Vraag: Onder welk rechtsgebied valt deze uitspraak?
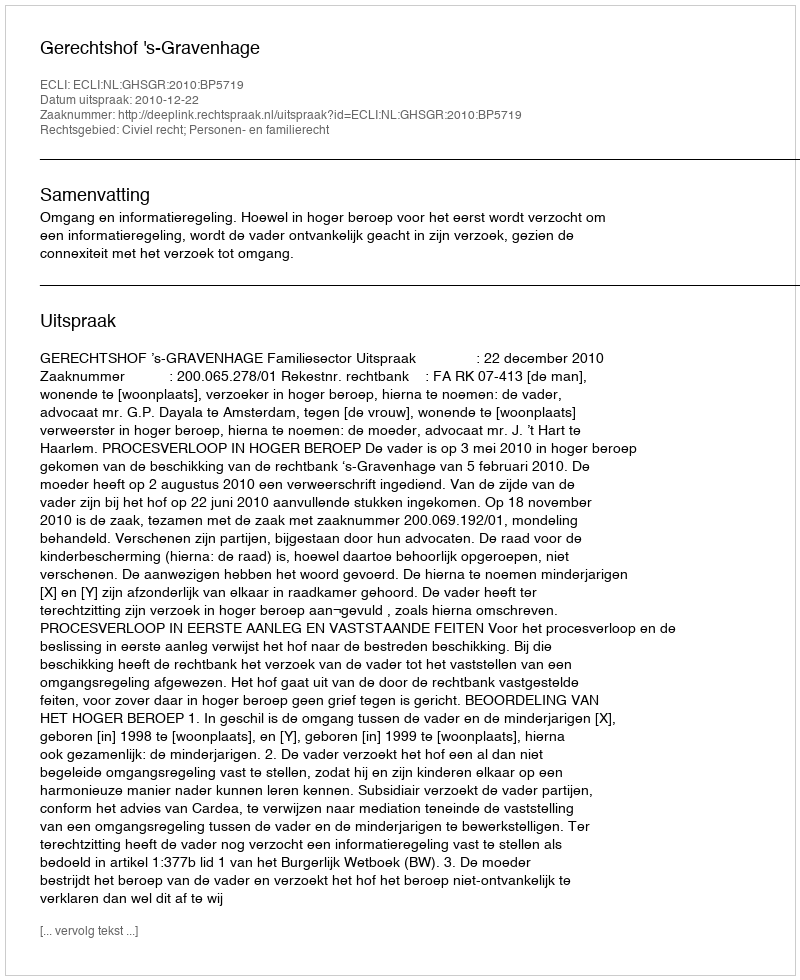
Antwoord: Civiel recht; Personen- en familierecht